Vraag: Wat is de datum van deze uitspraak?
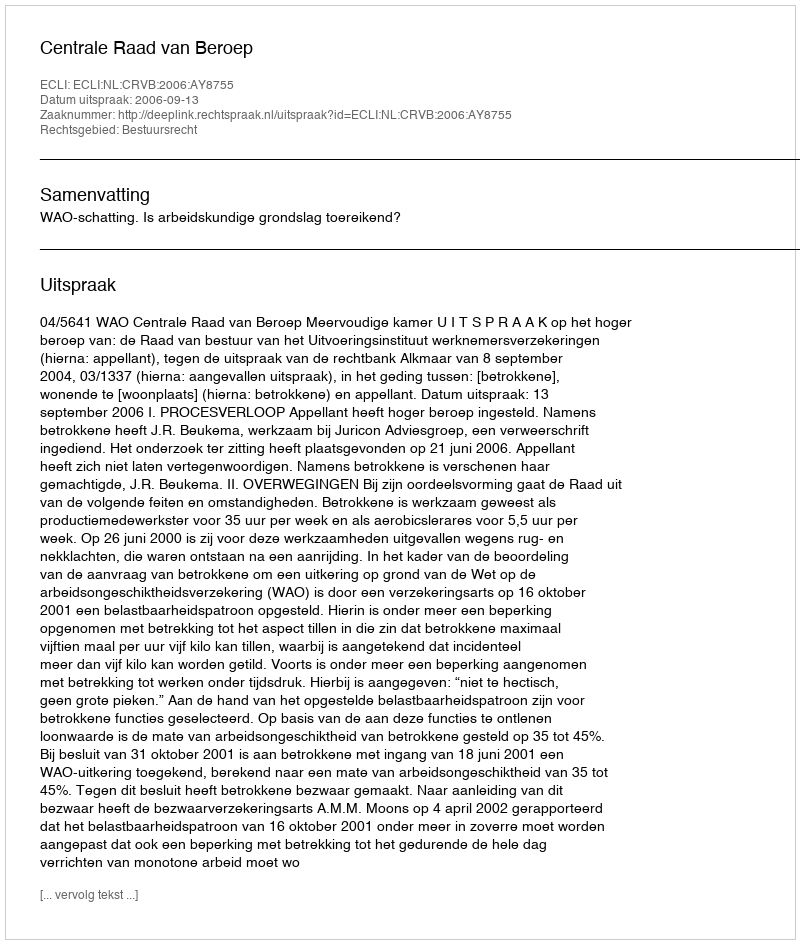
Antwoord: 2006-09-13